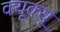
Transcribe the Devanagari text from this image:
क्यूक्यू